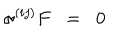
LaTeX: \sigma ^ { ( i j ) } F \; \; = \; \; 0